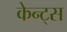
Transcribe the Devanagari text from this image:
केन्ट्स